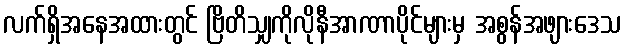
လက်ရှိအနေအထားတွင် ဗြိတိသျှကိုလိုနီအာဏာပိုင်များမှ အစွန်အဖျားဒေသ